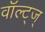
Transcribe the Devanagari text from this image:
वॉल्ट्ज्